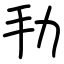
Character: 劧